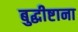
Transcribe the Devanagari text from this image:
बुद्धीष्टाना